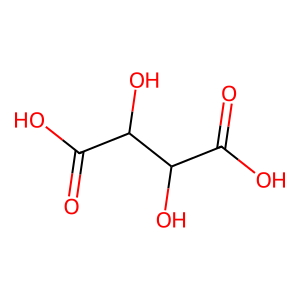
SMILES: O=C(O)C(O)C(O)C(=O)O
Inhibits HIV replication: No